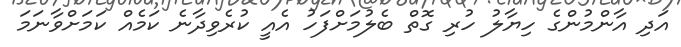
އަދި އާންމުންގެ ހިޔާލު ހުރި ގޮތް ބެލުމަށްފަހު އެއީ ކުރެވިދާނެ ކަމެއް ކަމަށްވާނަމަ